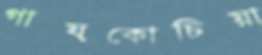
গায়কোচিয়া